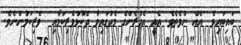
ބައިބައިވެ  އެއް ނުވެތެވެ. އެއީ އެއުރެންގެ މެދުގައިވާ ދެކޮޅުވެރިކަމާއި  ވެރިކަމުންނެވެ.